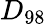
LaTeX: D_{98}